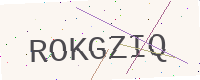
Text: ROKGZIQ